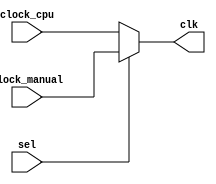

module clock_selector (
    input clock_cpu,
    input clock_manual,
	 input sel,
	 output clk
);

	assign clk = sel ? clock_manual : clock_cpu;
 
    
endmodule